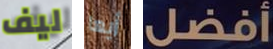
ليف أيها أفضل